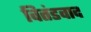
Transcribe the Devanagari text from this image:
वितंडवाद